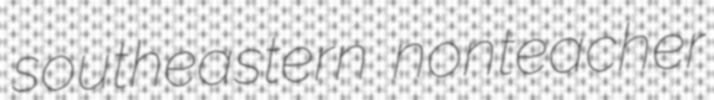
southeastern nonteacher